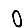
Digit: 0